Vaccination in Bombay 1902-1912 - 1902-1912
Year: 1902
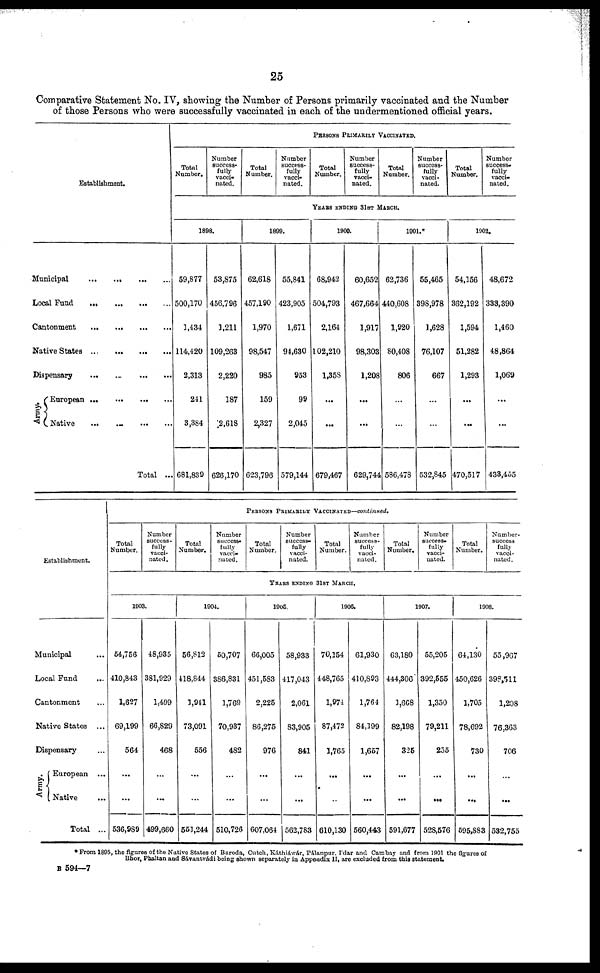
25
Comparative Statement No. IV, showing the Number of Persons primarily vaccinated and the Number
of those Persons who were successfully vaccinated in each of the undermentioned official years.
Establishment.
Municipal
...
...
...
...
Local Fund
...
...
...
Cantonment
...
...
...
...
Native States ...
...
...
...
Dispensary
...
...
...
...
Army. European
...
...
...
...
Native
...
...
...
...
Total ...
PERSONS PRIMARILY VACCINATED.
Total
Number.
Number
success-
fully
vacci-
nated.
Total
Number.
Number
success-
fully
vacci-
nated.
Total
Number.
Number
success-
fully
vacci-
nated.
Total
Number.
Number
success-
fully
vacci-
nated.
Total
Number.
Number
success-
fully
vacci-
nated.
YEARS ENDING 31ST MARCH.
1898.
59,877
500,170
1,434
114,420
2,313
2411
3,384
681,839
53,875
456,796
1,211
109,263
2,220
187
2,618
626,170
1899.
62,618
457,190
1,970
98,547
985
159
2,327
623,796
55,841
423,905
1,671
94,630
953
99
2,045
579,144
1900.
68,942
504,793
2,164
102,210
1,358
...
...
679,467
60,652
467,664
1,917
98,303
1,208
...
...
629,744
1901.*
62,736
440,608
1,920
80,408
806
...
...
586,478
55,465
398,978
1,628
76,107
667
...
...
532,845
1902.
54,156
362,192
1,594
51,282
1,293
...
...
470,517
48,672
333,390
1,460
48,864
1,069
...
...
433,455
Establishment.
Municipal ...
Local Fund ...
Cantonment ...
Native States ...
Dispensary ...
Army.
European ...
Native ...
Total ...
PERSONS PRIMARILY VACCINATED—continued.
Total
Number.
Number
success-
fully
vacci-
nated.
Total
Number.
Number
success-
fully
vacci-
nated.
Total
Number.
Number
success-
fully
vacci-
nated.
Total
Number.
Number
success-
fully
vacci-
nated.
Total
Number.
Number
success-
fully
vacci-
nated.
Total
Number.
Number
success¬
fully
vacci-
nated.
YEARS ENDING 31ST MARCH.
1903.
54,756
410,843
1,627
69,199
564
...
...
536,989
48,935
381,929
1,499
66,829
468
...
...
499,660
1904.
56,812
418,844
1,941
73,091
556
...
...
551,244
50,707
386,831
1,769
70,937
482
...
...
510,726
1905.
66,005
451,583
2,225
86,275
976
...
...
607,064
58,933
417,043
2,061
83,905
841
...
...
562,783
1906.
70,154
448,765
1,974
87,472
1,765
...
...
610,130
61,930
410,893
1,764
84,199
1,657
...
...
560,443
1907.
63,180
444,306
1,668
82,198
325
...
...
591,677
55,205
392,555
1,350
79,211
255
...
...
528,576
1908.
64,130
450,626
1,705
78,692
730
...
...
595,883
55,967
398,511
1,208
76,363
706
...
...
532,755
* From 1895, the figures of the Native States of Baroda, Cutch,Káthiáwár, Pálanpur, I'dar and Cambay and from 1901 the figures of
Bhor, Phaltan and Sávantvádi being shown separately in Appendix II, are excluded from this statement.
B 594—7